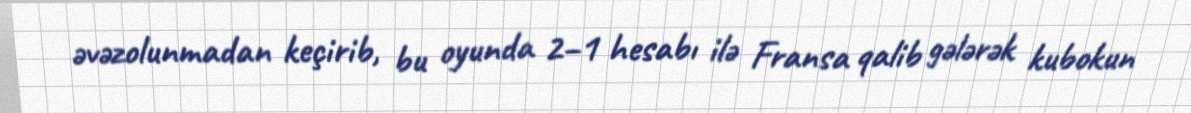
əvəzolunmadan keçirib, bu oyunda 2–1 hesabı ilə Fransa qalib gələrək kubokun